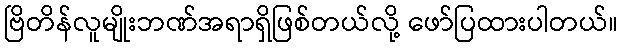
ဗြိတိန်လူမျိုးဘဏ်အရာရှိဖြစ်တယ်လို့ ဖော်ပြထားပါတယ်။